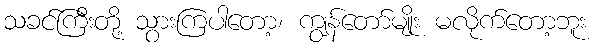
သခင်ကြီးတို့ သွားကြပါတော့၊ ကျွန်တော်မျိုး မလိုက်တော့ဘူး